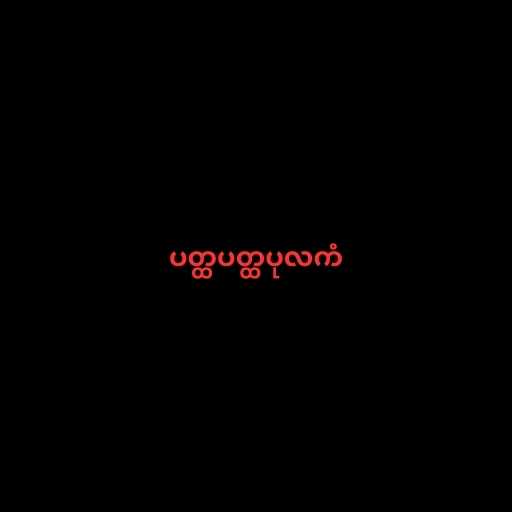
ပတ္ထပတ္ထပုလကံ